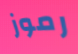
رموز